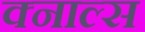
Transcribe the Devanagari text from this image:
क्नाल्स